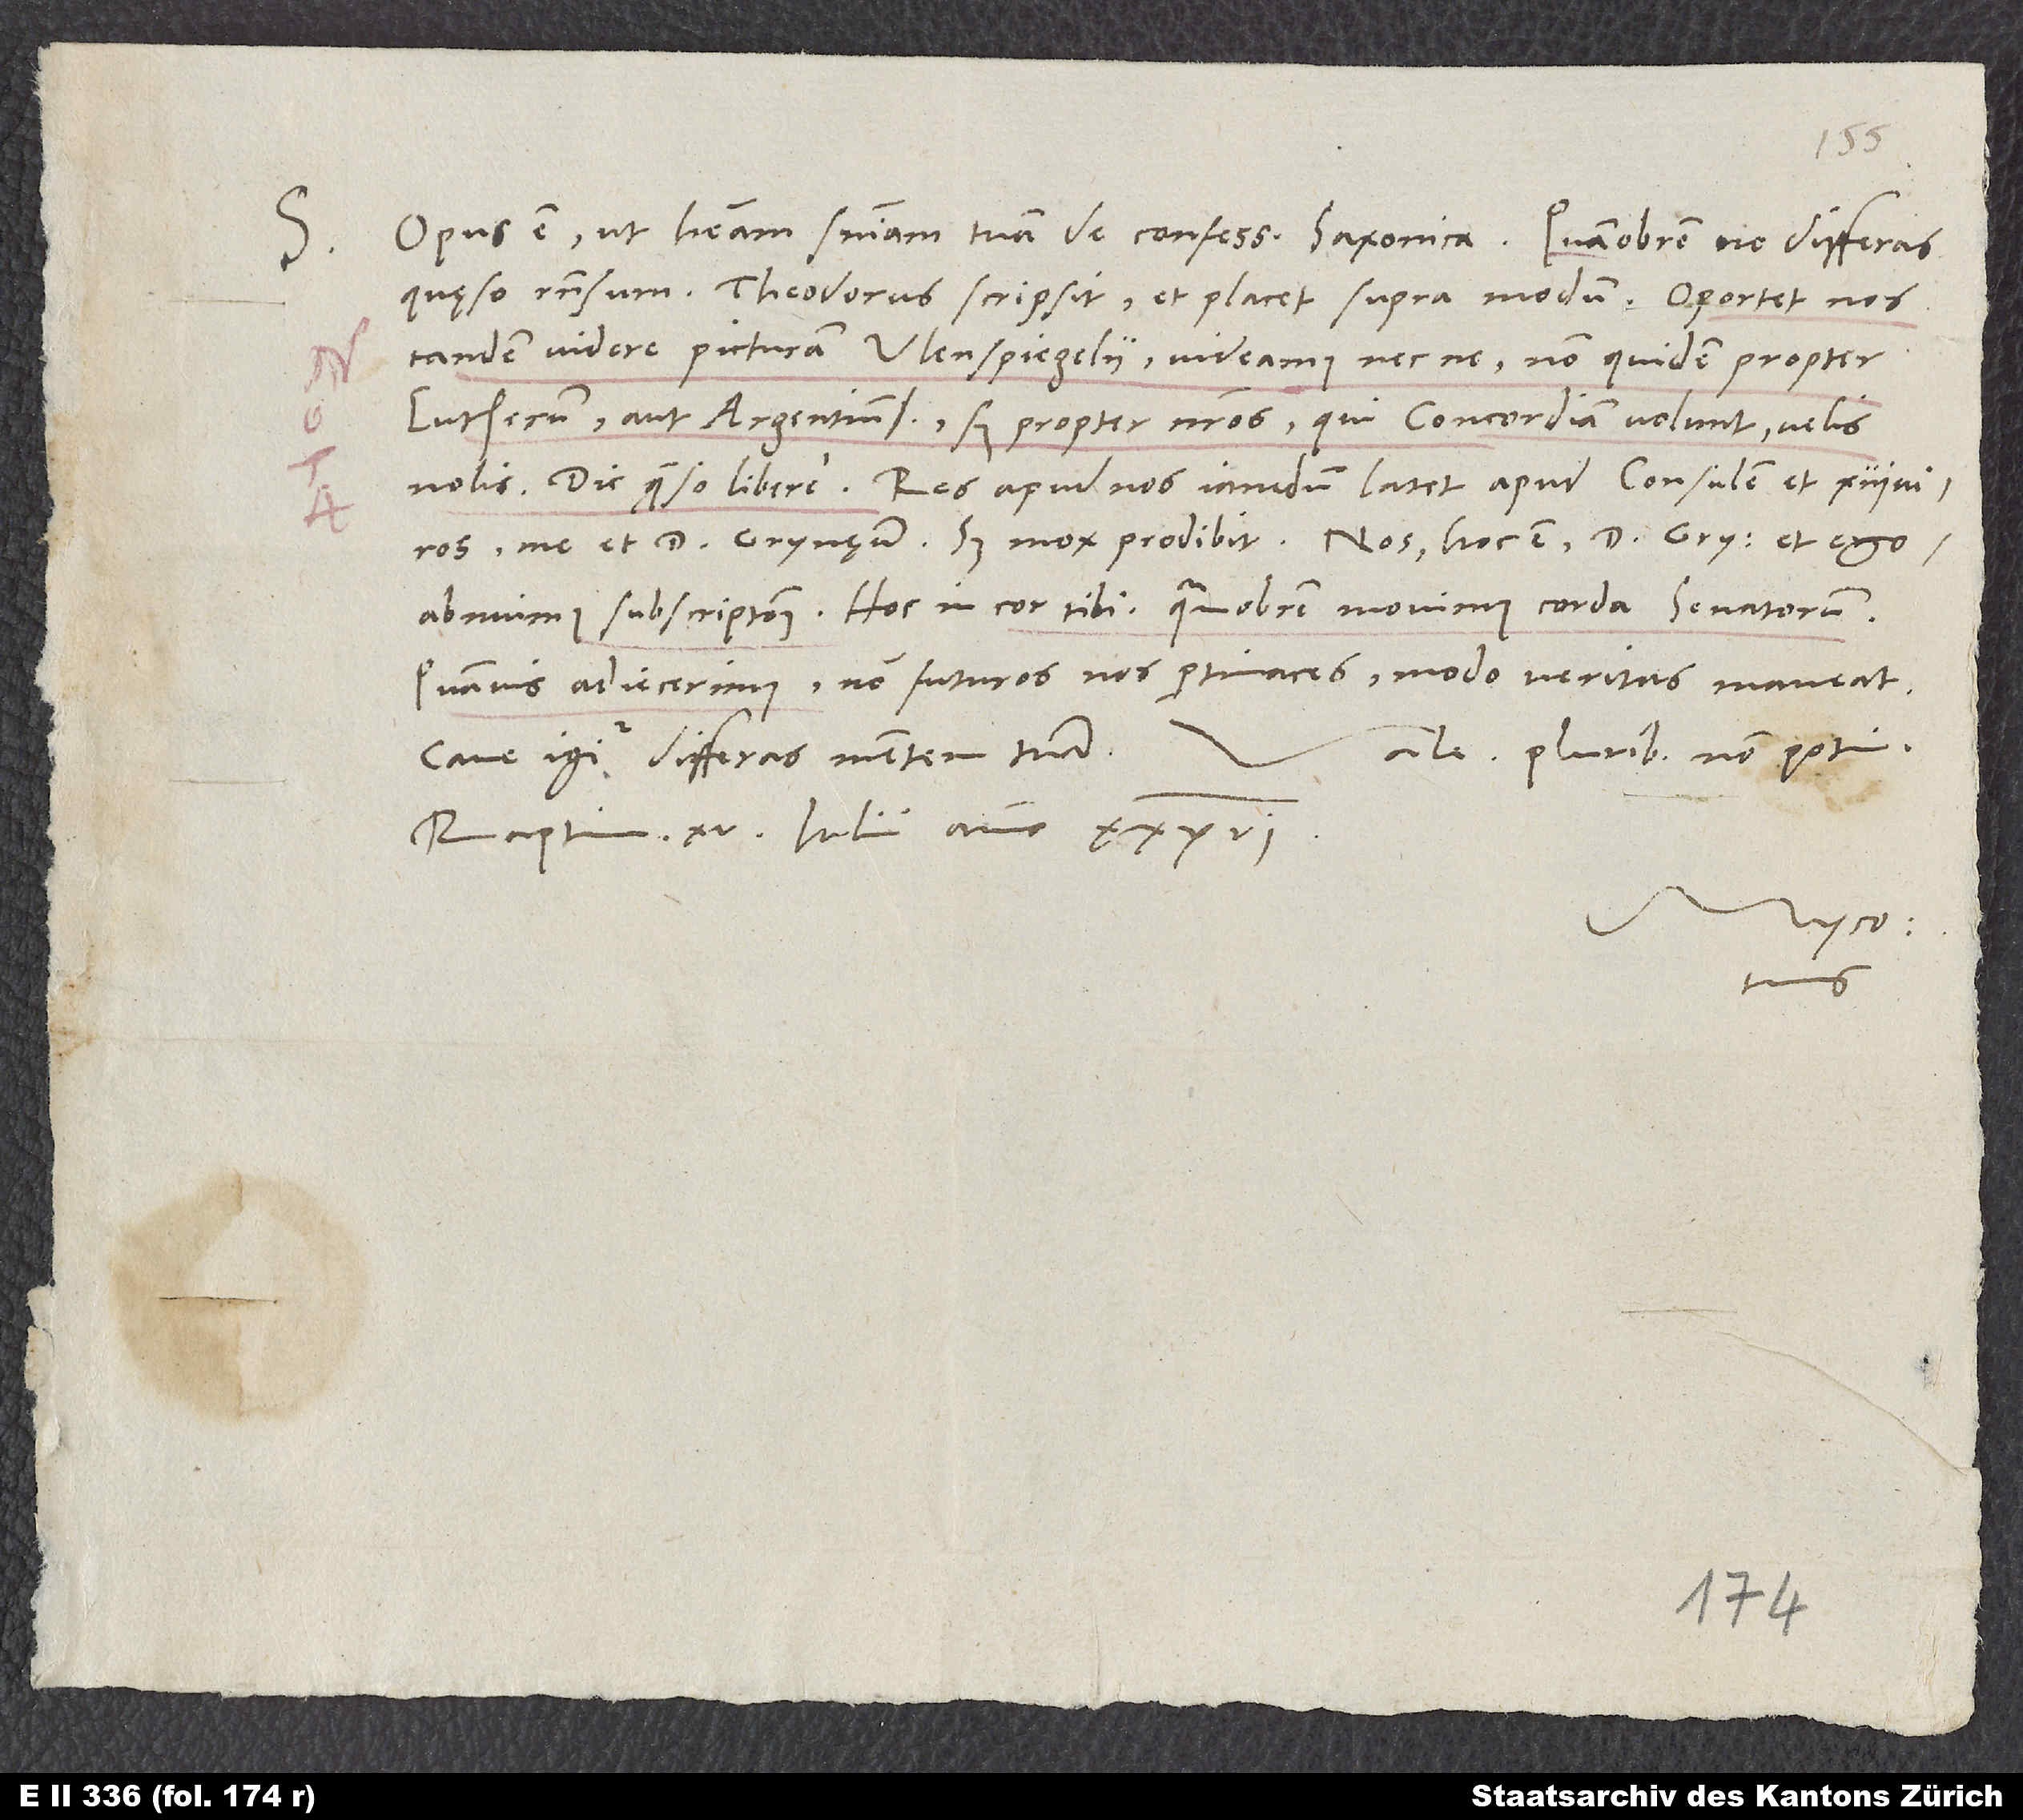
S.

Opus est, ut habeam sententiam tuam de confessione Saxonica. Quamobrem ne differas,
quęso, responsum. Theodorus scripsit, et placet supra modum. Oportet nos
tandem videre picturam Ulenspiegelii, videamus necne, non quidem propter
Lutherum aut Argentinenses, sed propter nostros, qui concordiam volunt velis
nous. Dic, quęso, libere. Res apud nos iamdum latet apud consulem et 13 viros,
me et d. Grynęum; sed mox prodibit. Nos, hoc est d. Grynęus et ego,
abnuimus subscriptionem. Hoc in cor tibi. Quamobrem movimus corda senatorum.
Quamvis adiecerimus non futuros nos pertinaces, modo veritas maneat.
Vale. Pluribus non potui.
Cave igitur, differas mentem tuam.
Raptim, 15. iulii anno 36.
Myco.
tuus.